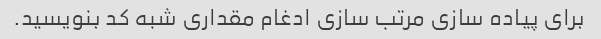
برای پیاده سازی مرتب سازی ادغام مقداری شبه کد بنویسید.